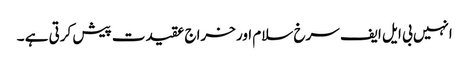
انہیں بی ایل ایف سرخ سلام اور خراج عقیدت پیش کرتی ہے ۔